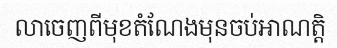
លាចេញពីមុខតំណែងមុនចប់អាណត្តិ